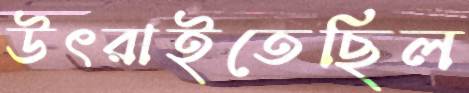
উৎরাইতেছিল